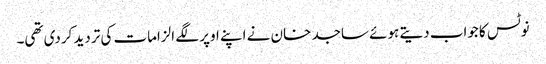
نوٹس کا جواب دیتے ہوئے ساجد خان نے اپنے اوپر لگے الزامات کی تردید کردی تھی۔